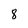
Character: 8